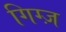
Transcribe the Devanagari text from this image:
गिग्ज़